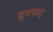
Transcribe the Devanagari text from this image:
युगपाद